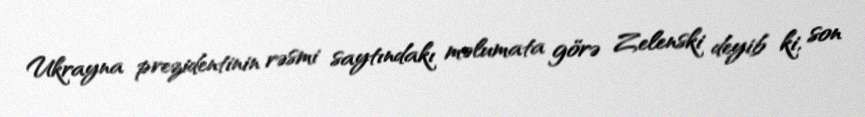
Ukrayna prezidentinin rəsmi saytındakı məlumata görə Zelenski deyib ki, son